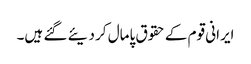
ایرانی قوم کے حقوق پامال کر دیئے گئے ہیں۔